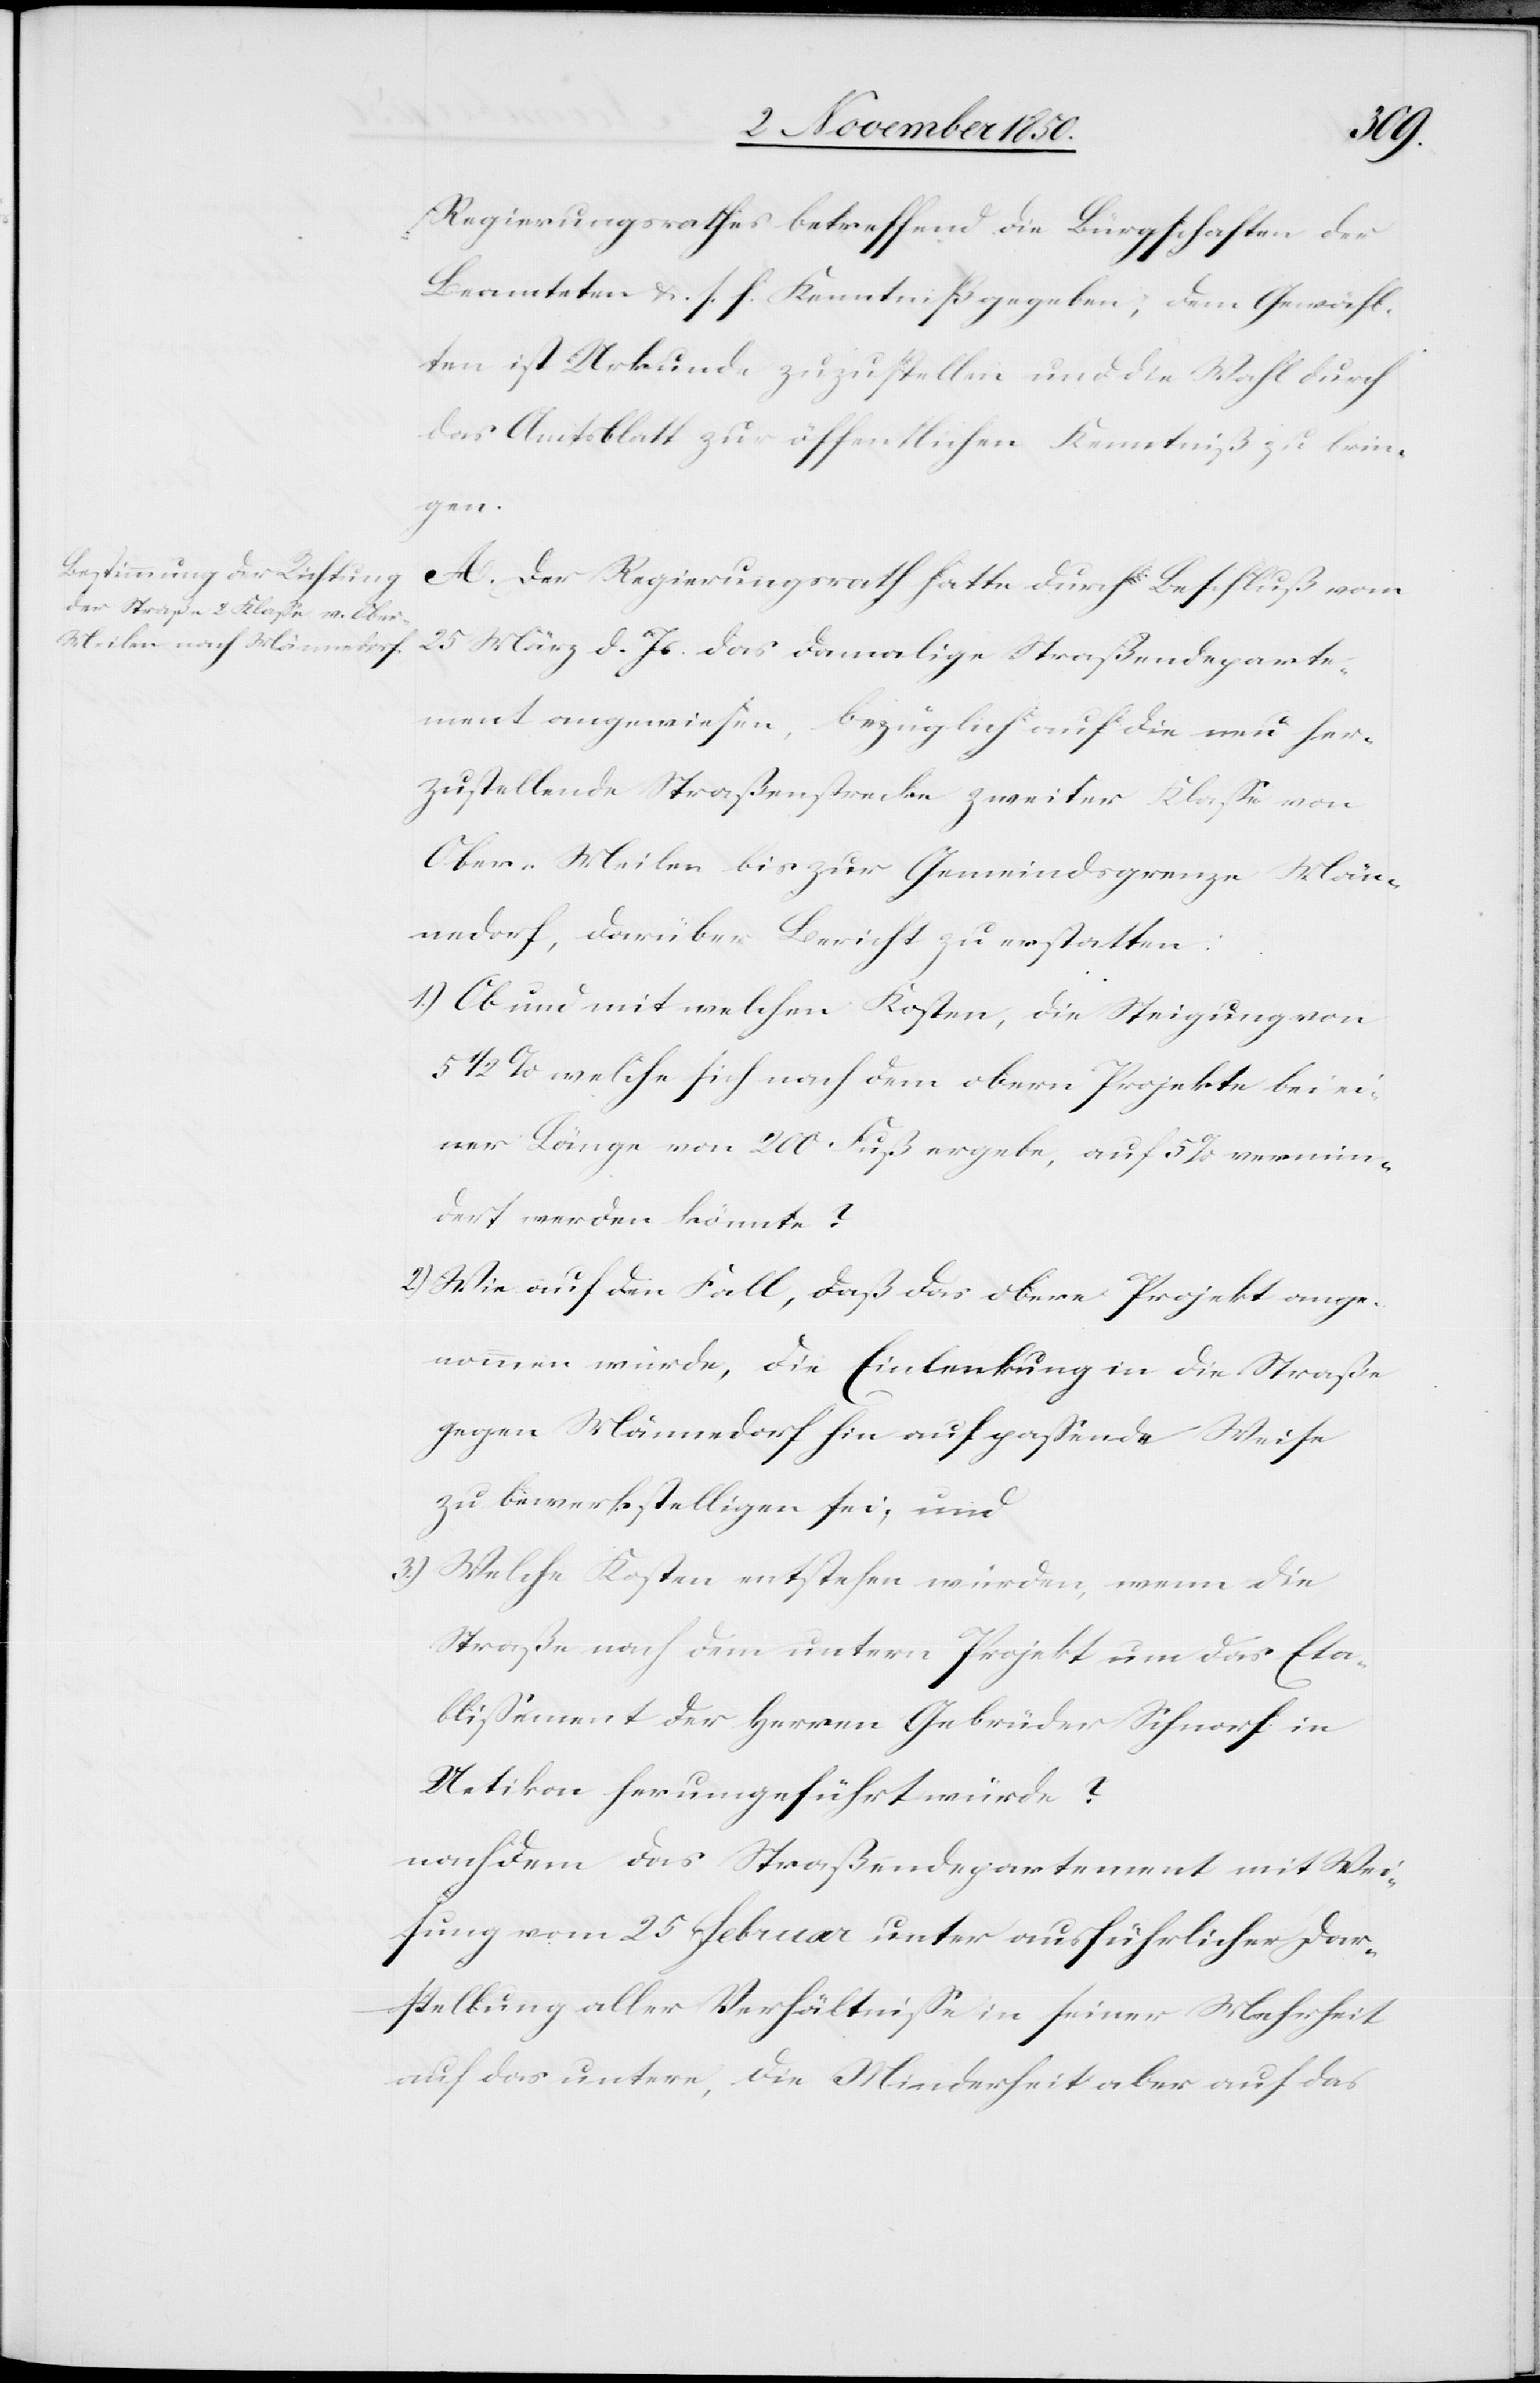
Regierungsrathes betreffend die Bürgschaften der
Beamteten u. s. f. Kenntniß gegeben; dem Gewähl¬
ten ist Urkunde zuzustellen und die Wahl durch
das Amtsblatt zur öffentlichen Kenntniß zu brin¬
gen.
A. Der Regierungsrath hatte durch Beschluß vom
25 März d. Js. das damalige Straßendeparte¬
ment angewiesen, bezüglich auf die neu her¬
zustellende Straßenstrecke zweiter Klasse von
Ober-Meilen bis zur Gemeindsgrenze Män¬
nedorf, darüber Bericht zu erstatten:
1.) Ob und mit welchen Kosten, die Steigung von
5 1/2 % welche sich nach dem obern Projekte bei ei¬
ner Länge von 200 Fuß ergebe, auf 5 % vermin¬
dert werden könnte?
2) Wie auf den Fall, daß das obere Projekt ange¬
nommen würde, die Einlenkung in die Straße
gegen Männedorf hin auf passende Weise
zu bewerkstelligen sei, und
3.) Welche Kosten entstehen würden, wenn die
Straße nach dem untern Projekt um das Eta¬
blissement der Herren Gebrüder Schnorf in
Uetikon herumgeführt würde?
nachdem das Straßendepartement mit Wei¬
sung vom 25 Februar unter ausführlicher Dar¬
stellung aller Verhältnisse in seiner Mehrheit
auf das untere, die Minderheit aber auf das